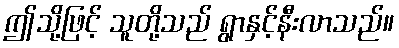
ဤသို့ဖြင့် သူတို့သည် ရွာနှင့်နီးလာသည်။